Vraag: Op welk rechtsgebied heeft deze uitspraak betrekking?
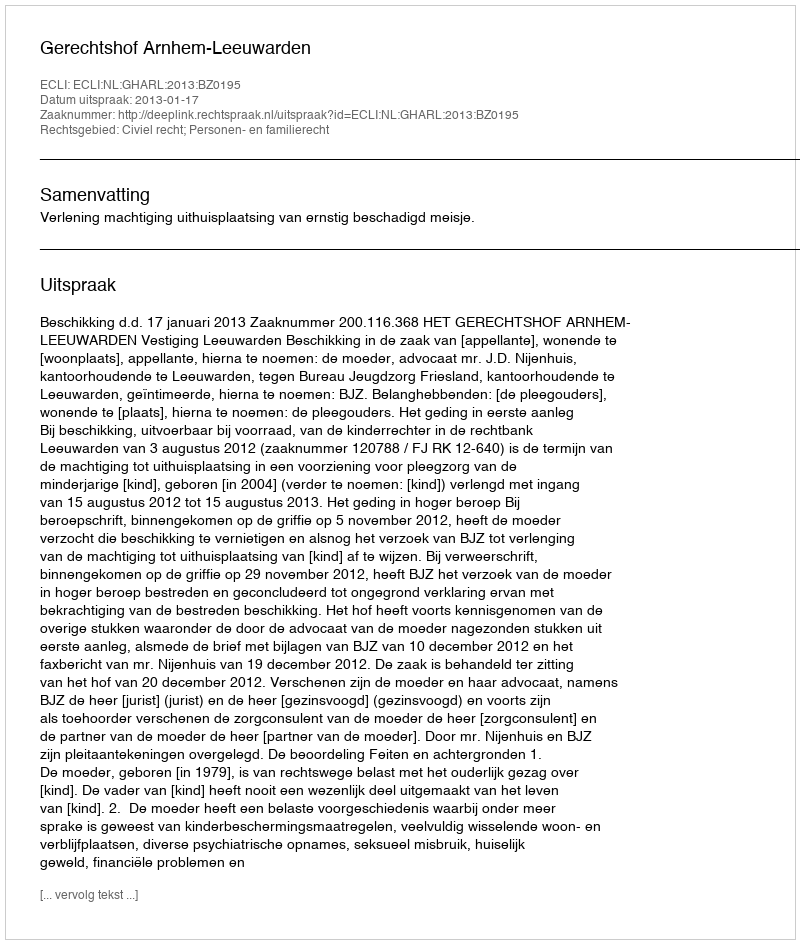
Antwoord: Civiel recht; Personen- en familierecht